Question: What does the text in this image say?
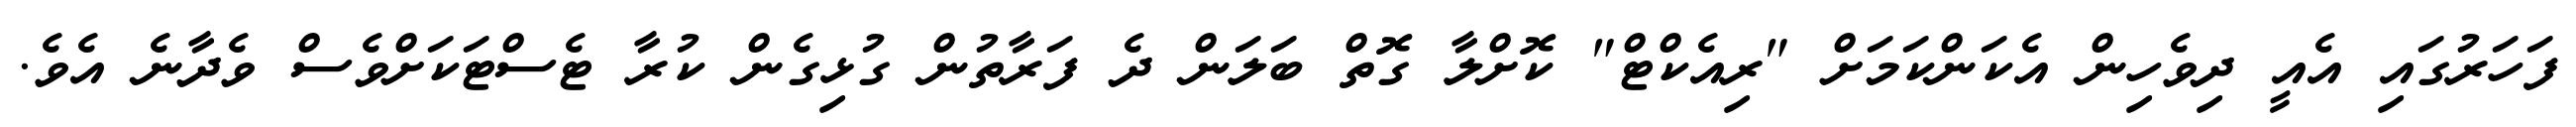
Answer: ފަހަރުގައި އެއީ ދިވެހިން އެކަންކަމަށް "ރިއެކްޓް" ކޮށްލާ ގޮތް ބަލަން ދެ ފަރާތުން ގުޅިގެން ކުރާ ޓެސްޓަކަށްވެސް ވެދާނެ އެވެ.